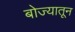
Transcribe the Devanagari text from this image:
बोज्यातून